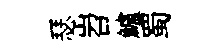
瑟岧鱸蜀